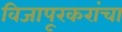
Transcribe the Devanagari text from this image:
विजापूरकरांचा